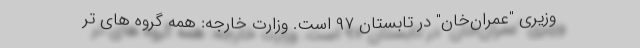
وزیری "عمران‌خان" در تابستان ۹۷ است. وزارت خارجه: همه گروه های تر